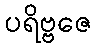
ပရိဗ္ဗဇေ